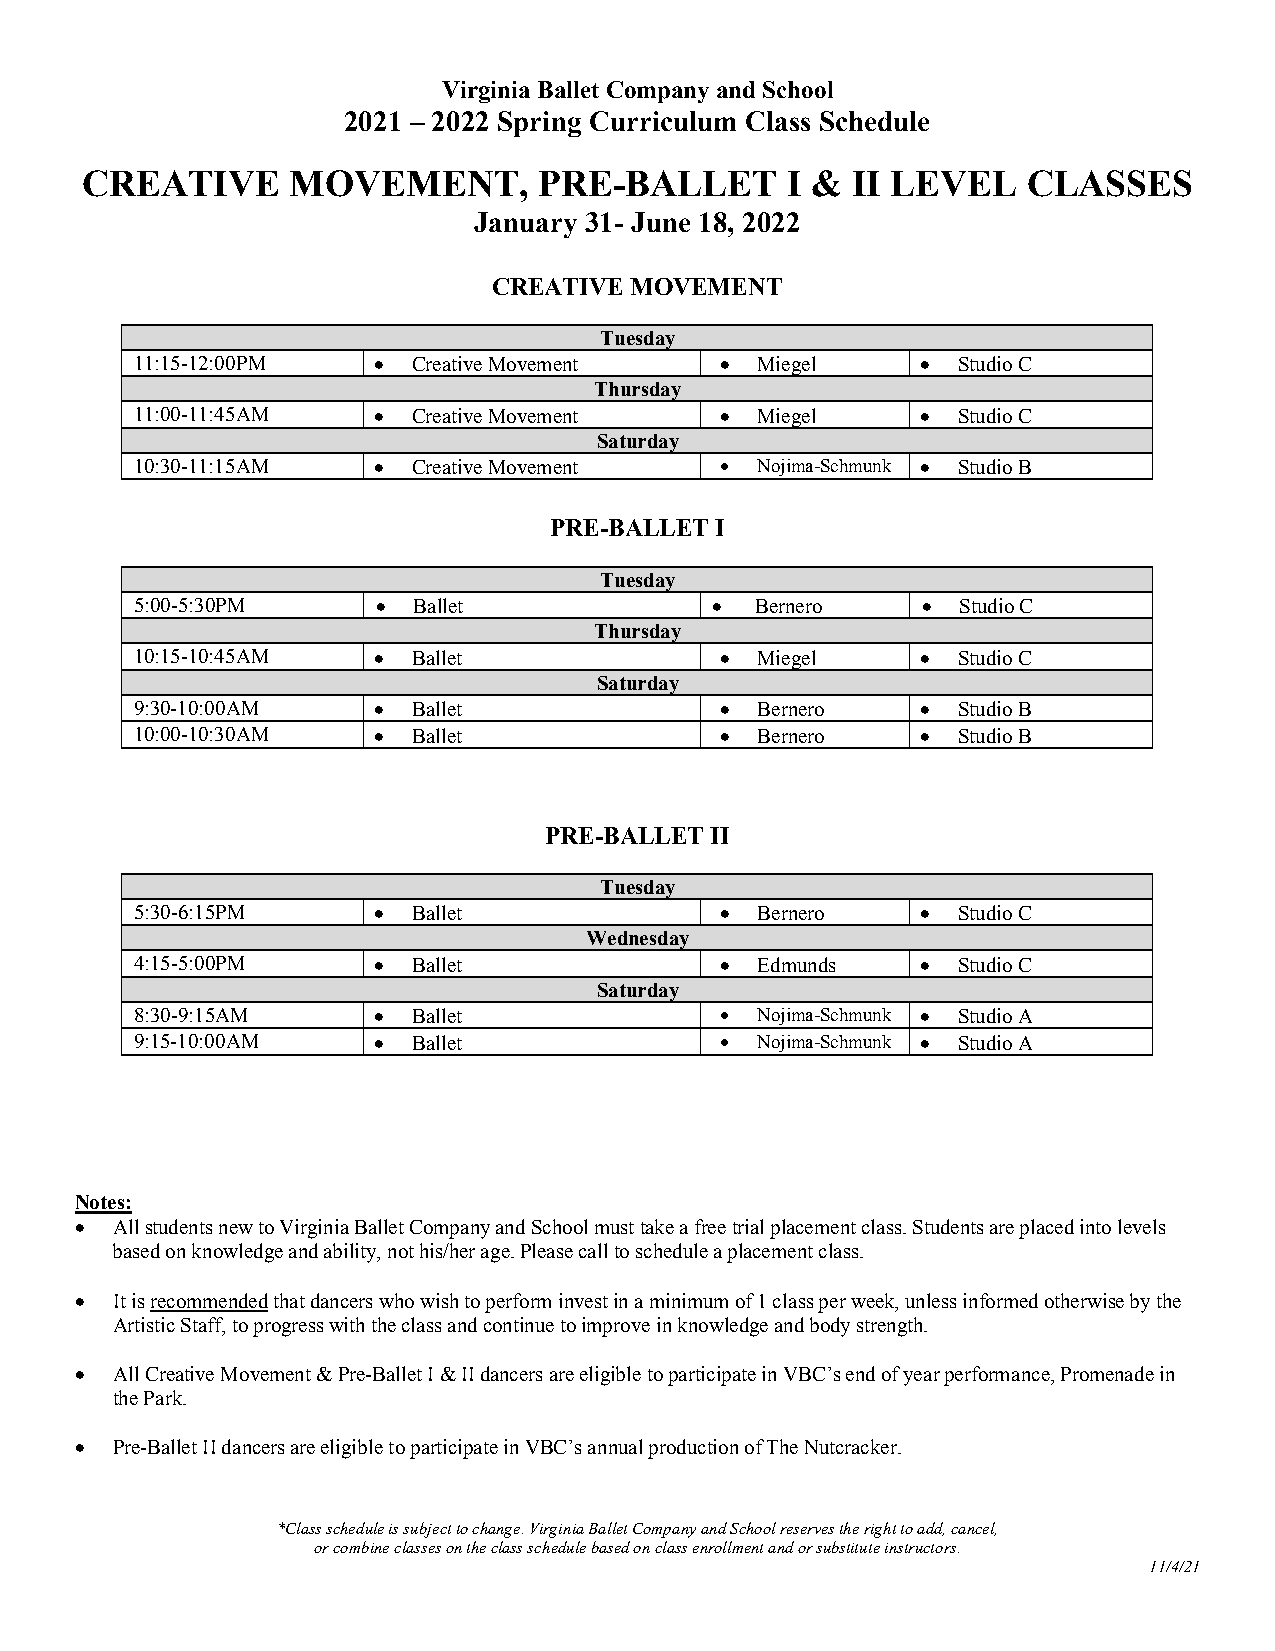
Virginia Ballet Company and School
 2021 – 2022 Spring Curriculum Class Schedule
 CREATIVE      MOVEMENT,        PRE-BALLET      I & II LEVEL    CLASSES
 January 31- June 18, 2022
 CREATIVE MOVEMENT
 Tuesday
 11:15-12:00PM   • Creative Movement    • Miegel     • Studio C
 Thursday
 11:00-11:45AM   • Creative Movement    • Miegel     • Studio C
 Saturday
 10:30-11:15AM   • Creative Movement    • Nojima-Schmunk • Studio B
 PRE-BALLET I
 Tuesday
 5:00-5:30PM     • Ballet              •  Bernero    • Studio C
 Thursday
 10:15-10:45AM   • Ballet               • Miegel     • Studio C
 Saturday
 9:30-10:00AM    • Ballet               • Bernero    • Studio B
 10:00-10:30AM   • Ballet               • Bernero    • Studio B
 PRE-BALLET II
 Tuesday
 5:30-6:15PM     • Ballet               • Bernero    • Studio C
 Wednesday
 4:15-5:00PM     • Ballet               • Edmunds    • Studio C
 Saturday
 8:30-9:15AM     • Ballet               • Nojima-Schmunk • Studio A
 9:15-10:00AM    • Ballet               • Nojima-Schmunk • Studio A
 Notes:
 • All students new to Virginia Ballet Company and School must take a free trial placement class. Students are placed into levels
 based on knowledge and ability, not his/her age. Please call to schedule a placement class.
 • It is recommended that dancers who wish to perform invest in a minimum of 1 class per week, unless informed otherwise by the
 Artistic Staff, to progress with the class and continue to improve in knowledge and body strength.
 • All Creative Movement & Pre-Ballet I & II dancers are eligible to participate in VBC’s end of year performance, Promenade in
 the Park.
 • Pre-Ballet II dancers are eligible to participate in VBC’s annual production of The Nutcracker.
 *Class schedule is subject to change. Virginia Ballet Company and School reserves the right to add, cancel,
 or combine classes on the class schedule based on class enrollment and or substitute instructors.
 11/4/21